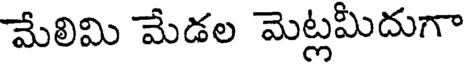
మేలిమి మేడల మెట్లమీదుగా